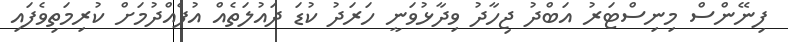
ފިނޭންސް މިނިސްޓަރު އަބްދު ޖިހާދު ވިދާޅުވަނީ ހަރަދު ކުޑަ ދައުލަތެއް އުފެއްދުމަށް ކުރިމަތިވެފައި